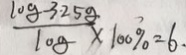
\frac { 1 0 g - 3 . 2 5 g } { 1 0 g } \times 1 0 0 \% = 6 .